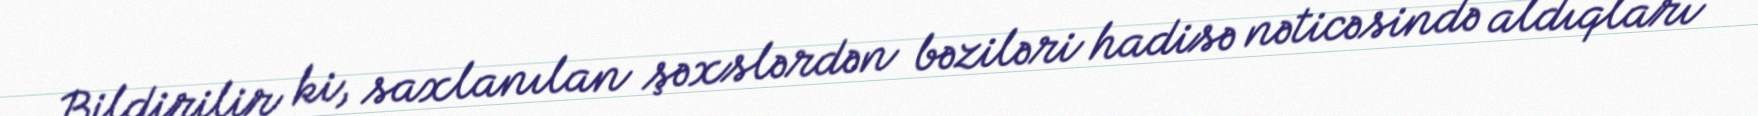
Bildirilir ki, saxlanılan şəxslərdən bəziləri hadisə nəticəsində aldıqları